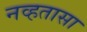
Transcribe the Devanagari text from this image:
नव्हतासा